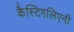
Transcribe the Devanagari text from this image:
कैस्टिगलिएनी